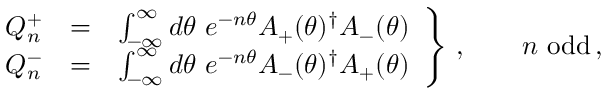
\left. \begin{array} { r c l } { { Q _ { n } ^ { + } } } & { { = } } & { { \int _ { - \infty } ^ { \infty } d \theta \ e ^ { - n \theta } A _ { + } ( \theta ) ^ { \dagger } A _ { - } ( \theta ) } } \\ { { Q _ { n } ^ { - } } } & { { = } } & { { \int _ { - \infty } ^ { \infty } d \theta \ e ^ { - n \theta } A _ { - } ( \theta ) ^ { \dagger } A _ { + } ( \theta ) } } \end{array} \right\} \, , \qquad n { \mathrm { ~ o d d } } \, ,